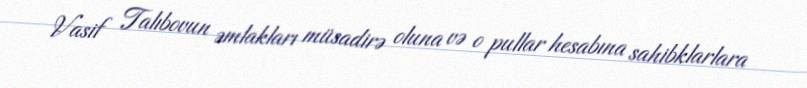
Vasif Talıbovun əmlakları müsadirə oluna və o pullar hesabına sahibklarlara